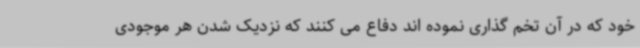
خود که در آن تخم گذاری نموده اند دفاع می کنند که نزدیک شدن هر موجودی